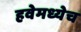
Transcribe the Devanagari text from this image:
हवेमध्येच